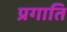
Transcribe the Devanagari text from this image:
प्रगाति